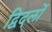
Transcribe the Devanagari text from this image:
द्विदलों